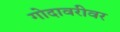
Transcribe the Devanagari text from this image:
गोदावरीवर